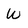
Character: W